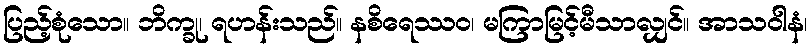
ပြည့်စုံသော။ ဘိက္ခု၊ ရဟန်းသည်။ နစိရေဿဝ၊ မကြာမြင့်မီသာလျှင်။ အာသဝါနံ၊